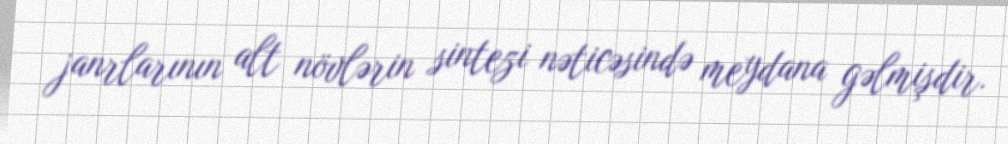
janrlarının alt növlərin sintezi nəticəsində meydana gəlmişdir.